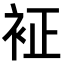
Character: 𧘿